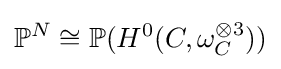
\mathbb {P} ^{N}\cong \mathbb {P} (H^{0}(C,\omega _{C}^{\otimes 3}))